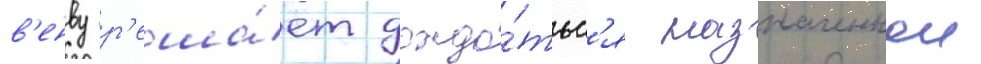
в'енву р'еша́ет дожда́тьс'я назначеннои